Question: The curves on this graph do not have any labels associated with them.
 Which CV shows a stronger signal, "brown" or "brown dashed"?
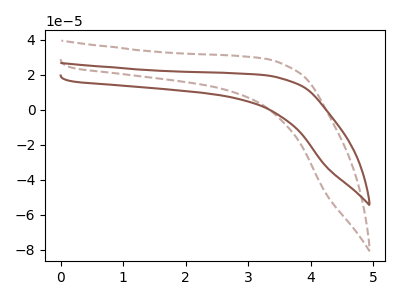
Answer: <think>The brown dashed curve "brown dashed" has no peaks. The brown curve "brown" has no peaks.
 Neither "brown" or "brown dashed" have any peaks.</think>
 <answer>I cant tell if "brown" or "brown dashed" has more signal.</answer>
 <eval>mixed_signal</eval>